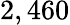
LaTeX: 2,460